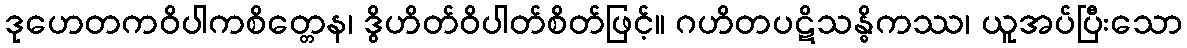
ဒုဟေတကဝိပါကစိတ္တေန၊ ဒွိဟိတ်ဝိပါတ်စိတ်ဖြင့်။ ဂဟိတပဋိသန္ဓိကဿ၊ ယူအပ်ပြီးသော